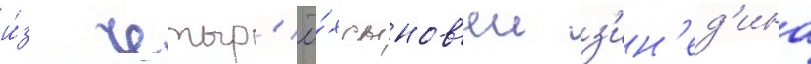
и́з четыр'ё́х сынов'еи з'ин'ед'ина